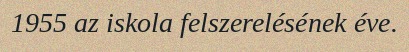
1955 az iskola felszerelésének éve.